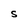
Character: S